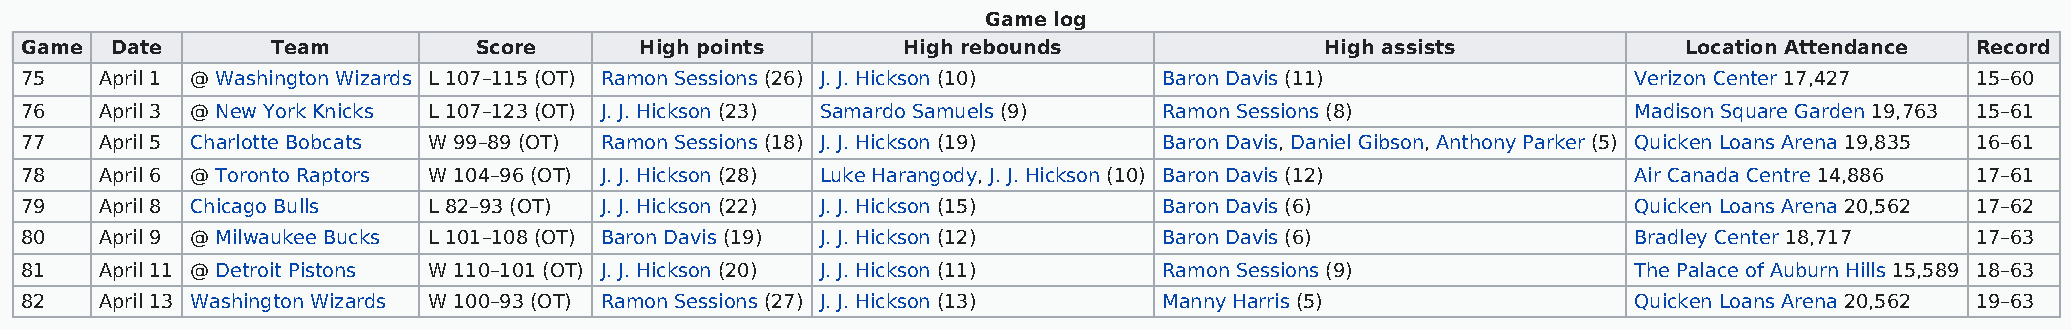
Game log
 Game  Date       Team         Score      High points       High rebounds               High assists            Location Attendance Record
 75    April 1 @ Washington Wizards L 107–115 (OT) Ramon Sessions (26) J. J. Hickson (10) Baron Davis (11)  Verizon Center 17,427  15–60
 76    April 3 @ New York Knicks L 107–123 (OT) J. J. Hickson (23) Samardo Samuels (9) Ramon Sessions (8)   Madison Square Garden 19,763 15–61
 77    April 5 Charlotte Bobcats W 99–89 (OT) Ramon Sessions (18) J. J. Hickson (19) Baron Davis, Daniel Gibson, Anthony Parker (5) Quicken Loans Arena 19,835 16–61
 78    April 6 @ Toronto Raptors W 104–96 (OT) J. J. Hickson (28) Luke Harangody, J. J. Hickson (10) Baron Davis (12) Air Canada Centre 14,886 17–61
 79    April 8 Chicago Bulls L 82–93 (OT) J. J. Hickson (22) J. J. Hickson (15) Baron Davis (6)             Quicken Loans Arena 20,562 17–62
 80    April 9 @ Milwaukee Bucks L 101–108 (OT) Baron Davis (19) J. J. Hickson (12) Baron Davis (6)         Bradley Center 18,717  17–63
 81    April 11 @ Detroit Pistons W 110–101 (OT) J. J. Hickson (20) J. J. Hickson (11) Ramon Sessions (9)   The Palace of Auburn Hills 15,589 18–63
 82    April 13 Washington Wizards W 100–93 (OT) Ramon Sessions (27) J. J. Hickson (13) Manny Harris (5)    Quicken Loans Arena 20,562 19–63